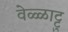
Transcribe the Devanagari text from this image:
वेळ्ळाट्टु